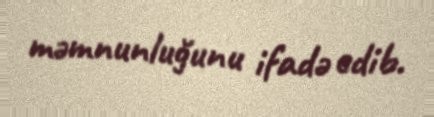
məmnunluğunu ifadə edib.